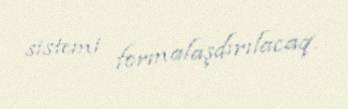
sistemi formalaşdırılacaq.